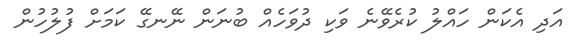
އަދި އެކަން ހައްލު ކުރެވޭނެ ވަކި ދުވަހެއް ބުނަން ނޭނގޭ ކަމަށް ފުލުހުން